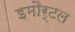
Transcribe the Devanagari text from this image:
इमौर्टल